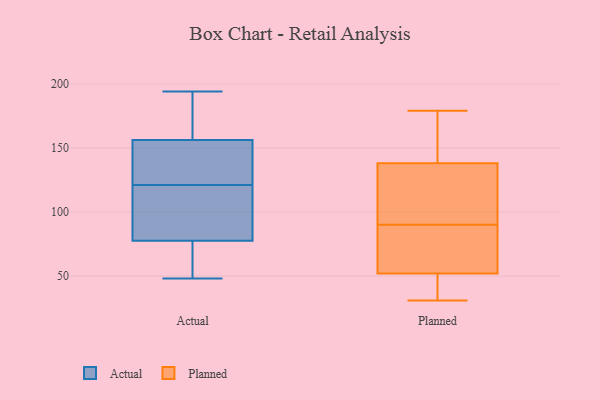
{"axis": {"x": "Temperature (°C)", "y": "Value"}, "legend": ["Actual", "Planned"], "data": [{"x": "", "y": 94, "type": "Actual"}, {"x": "", "y": 174, "type": "Actual"}, {"x": "", "y": 54, "type": "Actual"}, {"x": "", "y": 94, "type": "Actual"}, {"x": "", "y": 157, "type": "Actual"}, {"x": "", "y": 194, "type": "Actual"}, {"x": "", "y": 126, "type": "Actual"}, {"x": "", "y": 67, "type": "Actual"}, {"x": "", "y": 121, "type": "Actual"}, {"x": "", "y": 126, "type": "Actual"}, {"x": "", "y": 98, "type": "Actual"}, {"x": "", "y": 156, "type": "Actual"}, {"x": "", "y": 48, "type": "Actual"}, {"x": "", "y": 81, "type": "Actual"}, {"x": "", "y": 155, "type": "Actual"}, {"x": "", "y": 161, "type": "Actual"}, {"x": "", "y": 52, "type": "Actual"}, {"x": "", "y": 138, "type": "Planned"}, {"x": "", "y": 176, "type": "Planned"}, {"x": "", "y": 69, "type": "Planned"}, {"x": "", "y": 65, "type": "Planned"}, {"x": "", "y": 127, "type": "Planned"}, {"x": "", "y": 33, "type": "Planned"}, {"x": "", "y": 179, "type": "Planned"}, {"x": "", "y": 131, "type": "Planned"}, {"x": "", "y": 63, "type": "Planned"}, {"x": "", "y": 92, "type": "Planned"}, {"x": "", "y": 52, "type": "Planned"}, {"x": "", "y": 32, "type": "Planned"}, {"x": "", "y": 139, "type": "Planned"}, {"x": "", "y": 170, "type": "Planned"}, {"x": "", "y": 47, "type": "Planned"}, {"x": "", "y": 31, "type": "Planned"}, {"x": "", "y": 88, "type": "Planned"}, {"x": "", "y": 105, "type": "Planned"}]}